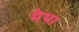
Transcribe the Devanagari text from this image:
येथा